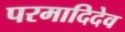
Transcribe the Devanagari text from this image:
परमादिदेव